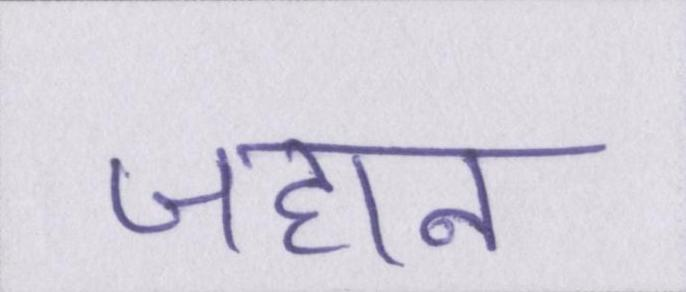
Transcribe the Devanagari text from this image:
जहान